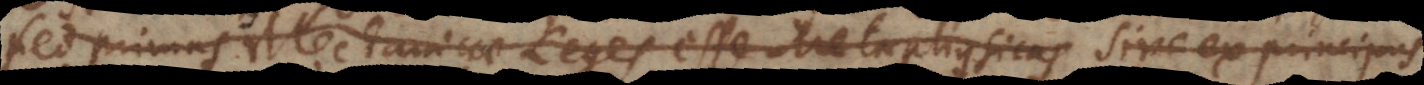
sed primas Mechanicae Leges esse Metaphysicas sive ex principiis